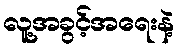
လူ့အခွင့်အရေးနဲ့